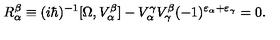
R _ { \alpha } ^ { \beta } \equiv ( i \hbar ) ^ { - 1 } [ \Omega , V _ { \alpha } ^ { \beta } ] - V _ { \alpha } ^ { \gamma } V _ { \gamma } ^ { \beta } ( - 1 ) ^ { \varepsilon _ { \alpha } + \varepsilon _ { \gamma } } = 0 .